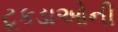
ટૂકડાઓની